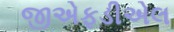
જીએફડીએલ